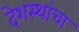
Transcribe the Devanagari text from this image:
देशस्थांचा